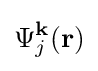
\Psi _{j}^{\mathbf {k} }(\mathbf {r} )